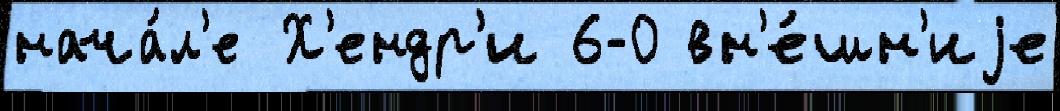
нача́л'е Х'ендр'и 6-0 вн'е́шн'иjе